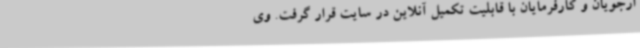
ارجویان و کارفرمایان با قابلیت تکمیل آنلاین در سایت قرار گرفت. وی